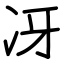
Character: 冴